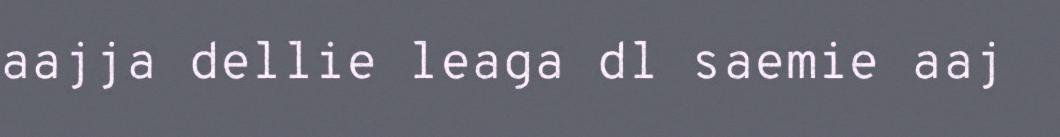
aajja dellie leaga dl saemie aaj